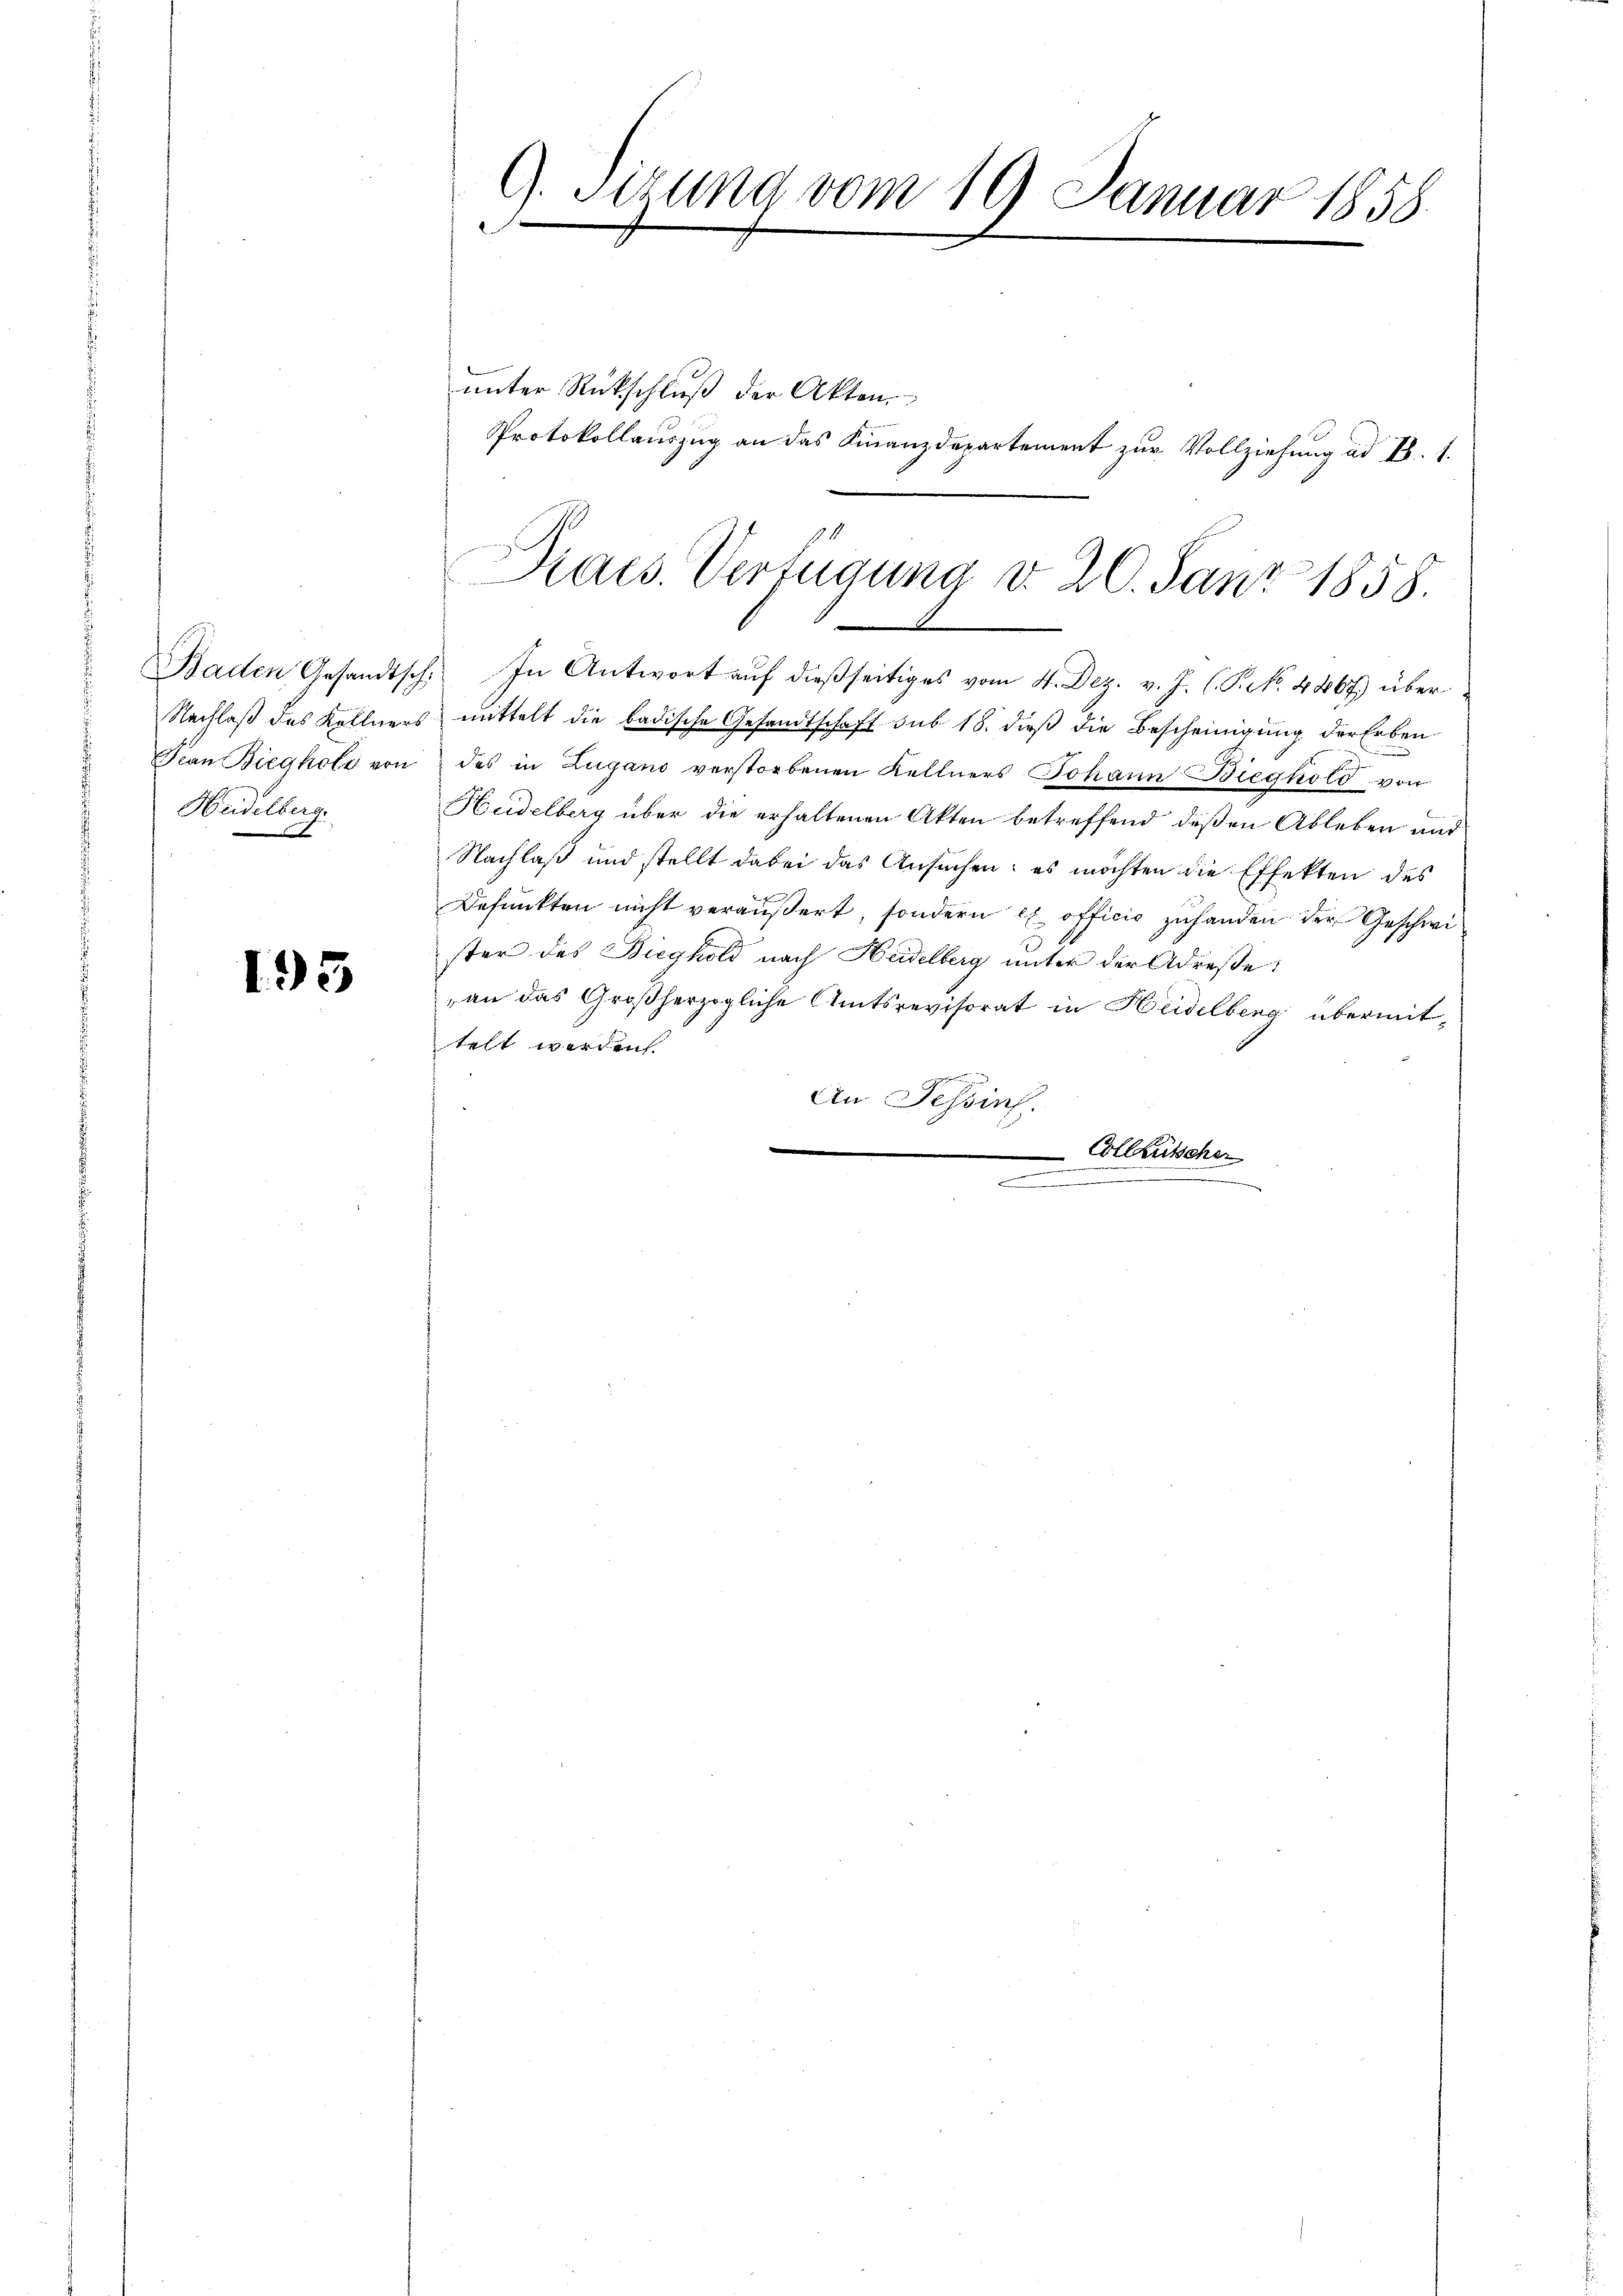
Frau Biegkolo von
Heidelberg.
.

195

9. Sitzung vom 19. Januar 1858.

unter Rückschluß der Akten.
Protokollauszug an das Finanzdepartement zur Vollziehung ad B. 1.

94
Praes. Verfügung d. 20. Juni 1858.

Baden Gesandtsch. In Antwort aŭf dießseitiges vom 4. Dez. v. J. (S. 4867) über
Nachlaß des Kellners mittelt die badische Gesandtschaft sub 18. dieß die Bescheinigung der Erben
des in Zugano verstorbenen Kellners Johann Bieghold von
Heidelberg über die erhaltenen Akten betreffend deßen Ableben und
Nachlaß und stellt dabei das Ansuchen; es möchten die Effekten des
Befunkten nicht veräußert, sondern ex officio zuhanden der Geschwi
ster des Biegkold nach Heidelberg unter der Adresse:
an das Großherzogliche Amtsrevisorat in Heidelberg übermittelt werden.
An Tessin.
.
Collentscher
n